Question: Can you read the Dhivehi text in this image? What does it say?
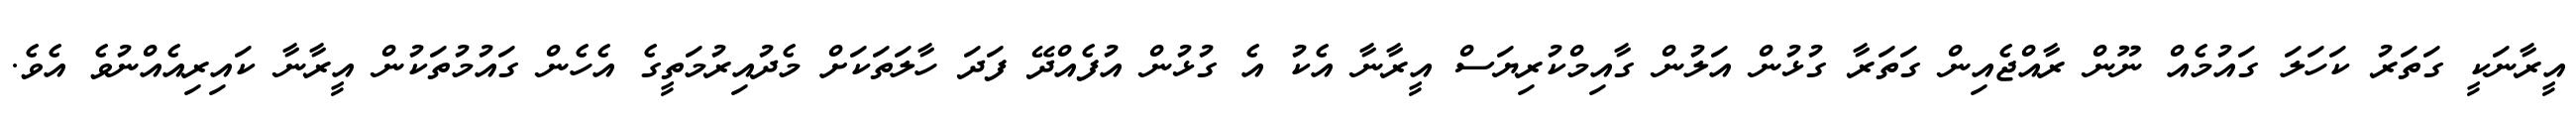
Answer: އީރާނަކީ ގަތަރު ކަހަލަ ގައުމެއް ނޫން ރާއްޖެއިން ގަތަރާ ގުޅުން އަލުން ގާއިމްކުރިޔަސް އީރާނާ އެކު އެ ގުޅުން އުފެއްދޭ ފަދަ ހާލަތަކަށް މެދުއިރުމަތީގެ އެހެން ގައުމުތަކުން އީރާނާ ކައިރިއެއްނުވެ އެވެ.